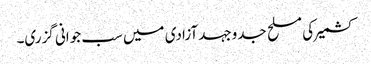
کشمیر کی مسلح جدوجہد آزادی میں سب جوانی گزری۔